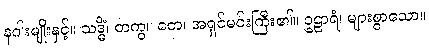
နဂါးမျိုးနှင့်။ သဒ္ဓိံ၊ တကွ။ တေ၊ အရှင်မင်းကြီး၏။ ဥဠာရံ၊ များစွာသော။